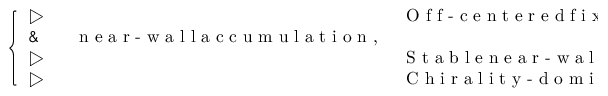
\begin{array} { r } { \left\{ \begin{array} { l l } { \triangleright \, \, } & { \textrm { O f f - c e n t e r e d f i x e d p o i n t : } } \\ { \& \quad \quad \textrm { n e a r - w a l l a c c u m u l a t i o n , } } \\ { \triangleright \, \, } & { \textrm { S t a b l e n e a r - w a l l f i x e d p o i n t : } } \\ { \triangleright \, \, } & { \textrm { C h i r a l i t y - d o m i n a n t s w i m m i n g : } } \end{array} \right. } \end{array}